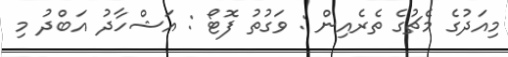
މިއަދުގެ މެޗުގެ ތެރެއިން : ވަގުތު ފޮޓޯ : އަޝްހާދު އަބްދު މި